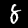
Label: 8